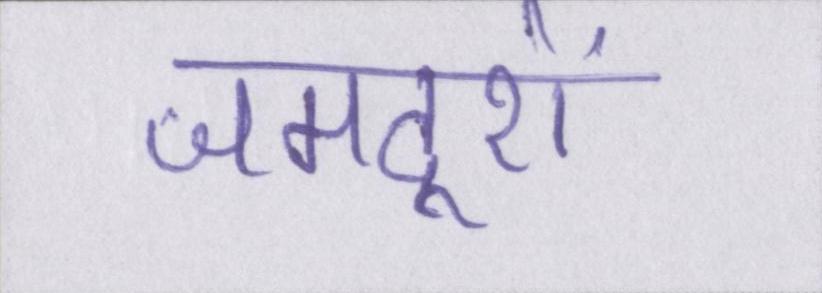
जमदूरों